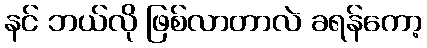
နင် ဘယ်လို ဖြစ်လာတာလဲ ခရန်ကော့